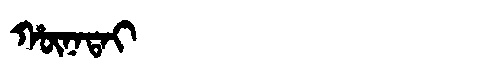
Manchu: ᡥᡡᠨᠠᡨᠠᡳ
Romanization: HŪNATAI